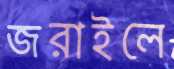
জরাইলে